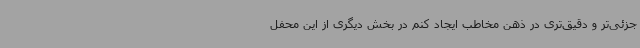
جزئی‌تر و دقیق‌تری در ذهن مخاطب ایجاد کنم در بخش دیگری از این محفل